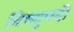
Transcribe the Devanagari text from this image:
विष्णुपदी